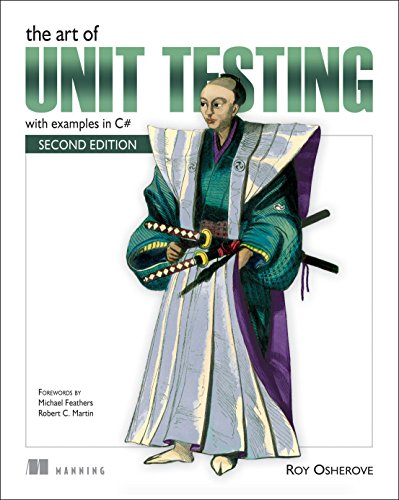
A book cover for The Art of Unit Testing: with examples in C#; Roy Osherove; Computers & Technology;